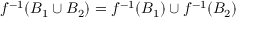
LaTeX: f ^ { - 1 } ( B _ { 1 } \cup B _ { 2 } ) = f ^ { - 1 } ( B _ { 1 } ) \cup f ^ { - 1 } ( B _ { 2 } )